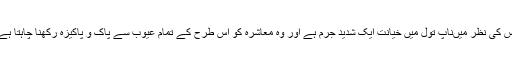
اس کى نظر ميںناپ تول ميں خيانت ايک شديد جرم ہے اور وہ معاشرہ کو اس طرح کے تمام عيوب سے پاک و پاکيزہ رکھنا چاہتا ہے۔